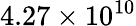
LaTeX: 4.27\times 10^{10}